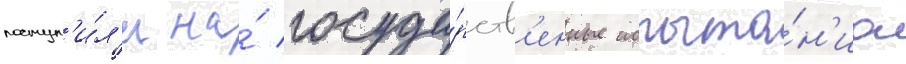
поступ'и́л'и на́ госуда́рств'енные испыта́н'иа